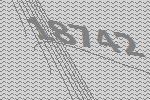
18742